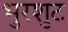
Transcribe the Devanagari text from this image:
भुरशुट